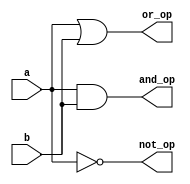
`timescale 1ns / 1ps
//////////////////////////////////////////////////////////////////////////////////
// Company:        Code-Tronix
// 
// Design Name:    Basic Gates Module
// Module Name:    bg 
// Project Name: 
// Target Devices: 
// Tool versions: 
// Description: 
//
// Dependencies: 
//
// Revision: 
// Revision 0.01 - File Created
// Additional Comments: 
//
//////////////////////////////////////////////////////////////////////////////////

//Basic gates Module
module bg(a,b,and_op,or_op,not_op);
	input a,b;
	output and_op,or_op,not_op;
	assign and_op=a&b;
	assign or_op=a|b;
	assign not_op=~a;	
endmodule

//Test bench Module
module tb();
	reg ta,tb;
	wire tand_op,tor_op,tnot_op;
	bg ut(.a(ta),.b(tb),.and_op(tand_op),.or_op(tor_op),.not_op(tnot_op));
	initial
	begin
		ta=0; tb=0; #10;
		ta=0; tb=1; #10;
		ta=1; tb=0; #10;
		ta=1; tb=1; #10;
	end
endmodule